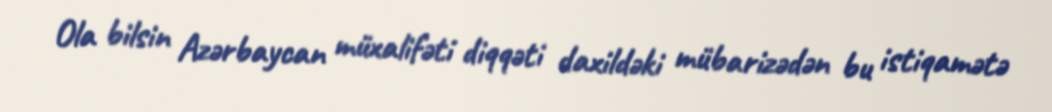
Ola bilsin Azərbaycan müxalifəti diqqəti daxildəki mübarizədən bu istiqamətə